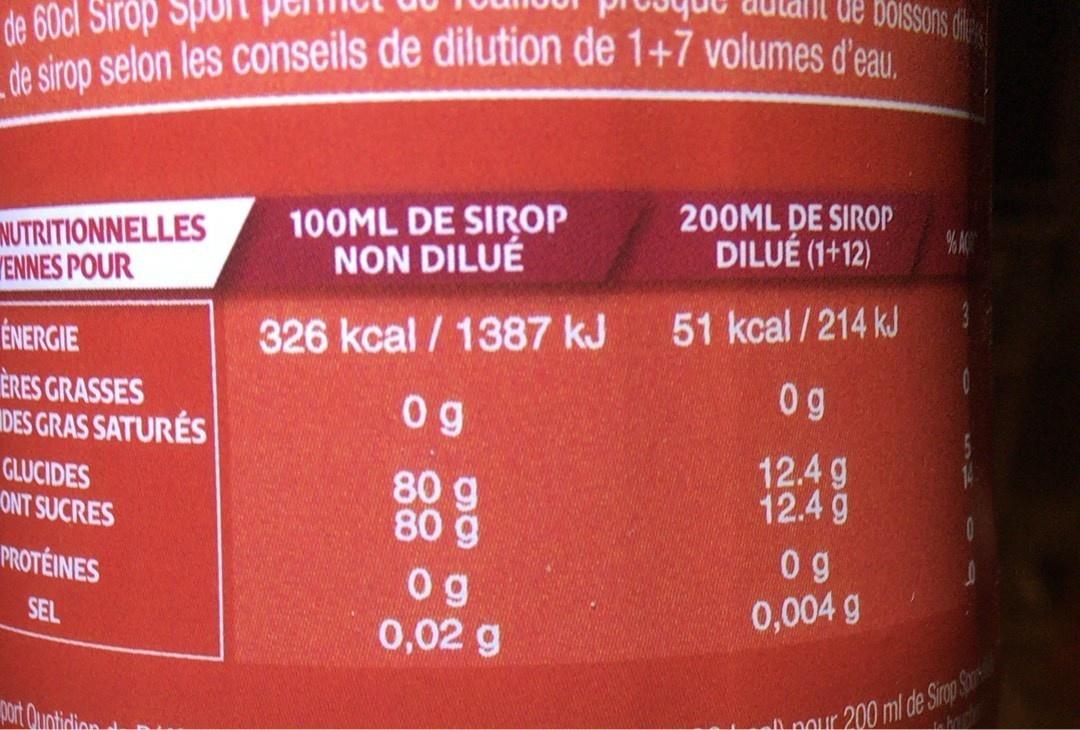
de 60cl Sirop
Spor
de boissons de
_de sirop selon les conseils de dilution de 1+7 volumes d'eau.
NUTRITIONNELLES YENNES POUR
100ML DE SIROP NON DILUÉ
200ML DE SIROP DILUÉ (1+12)
ÉNERGIE
326 kcal / 1387 kJ
51 kcal /214 kJ
ÈRES GRASSES IDES GRAS SATURÉS
0 g
GLUCIDES ONT SUCRES
80 g 80 g
12.4 g 12.4 g
PROTÉINES
0g 0,02 g
0 g 0,004 g
SEL
port Qunticlion
200 ml de Sip S
A nour